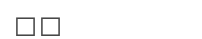
١٢